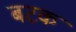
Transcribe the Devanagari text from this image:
बटक